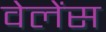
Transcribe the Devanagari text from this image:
वेलेंस